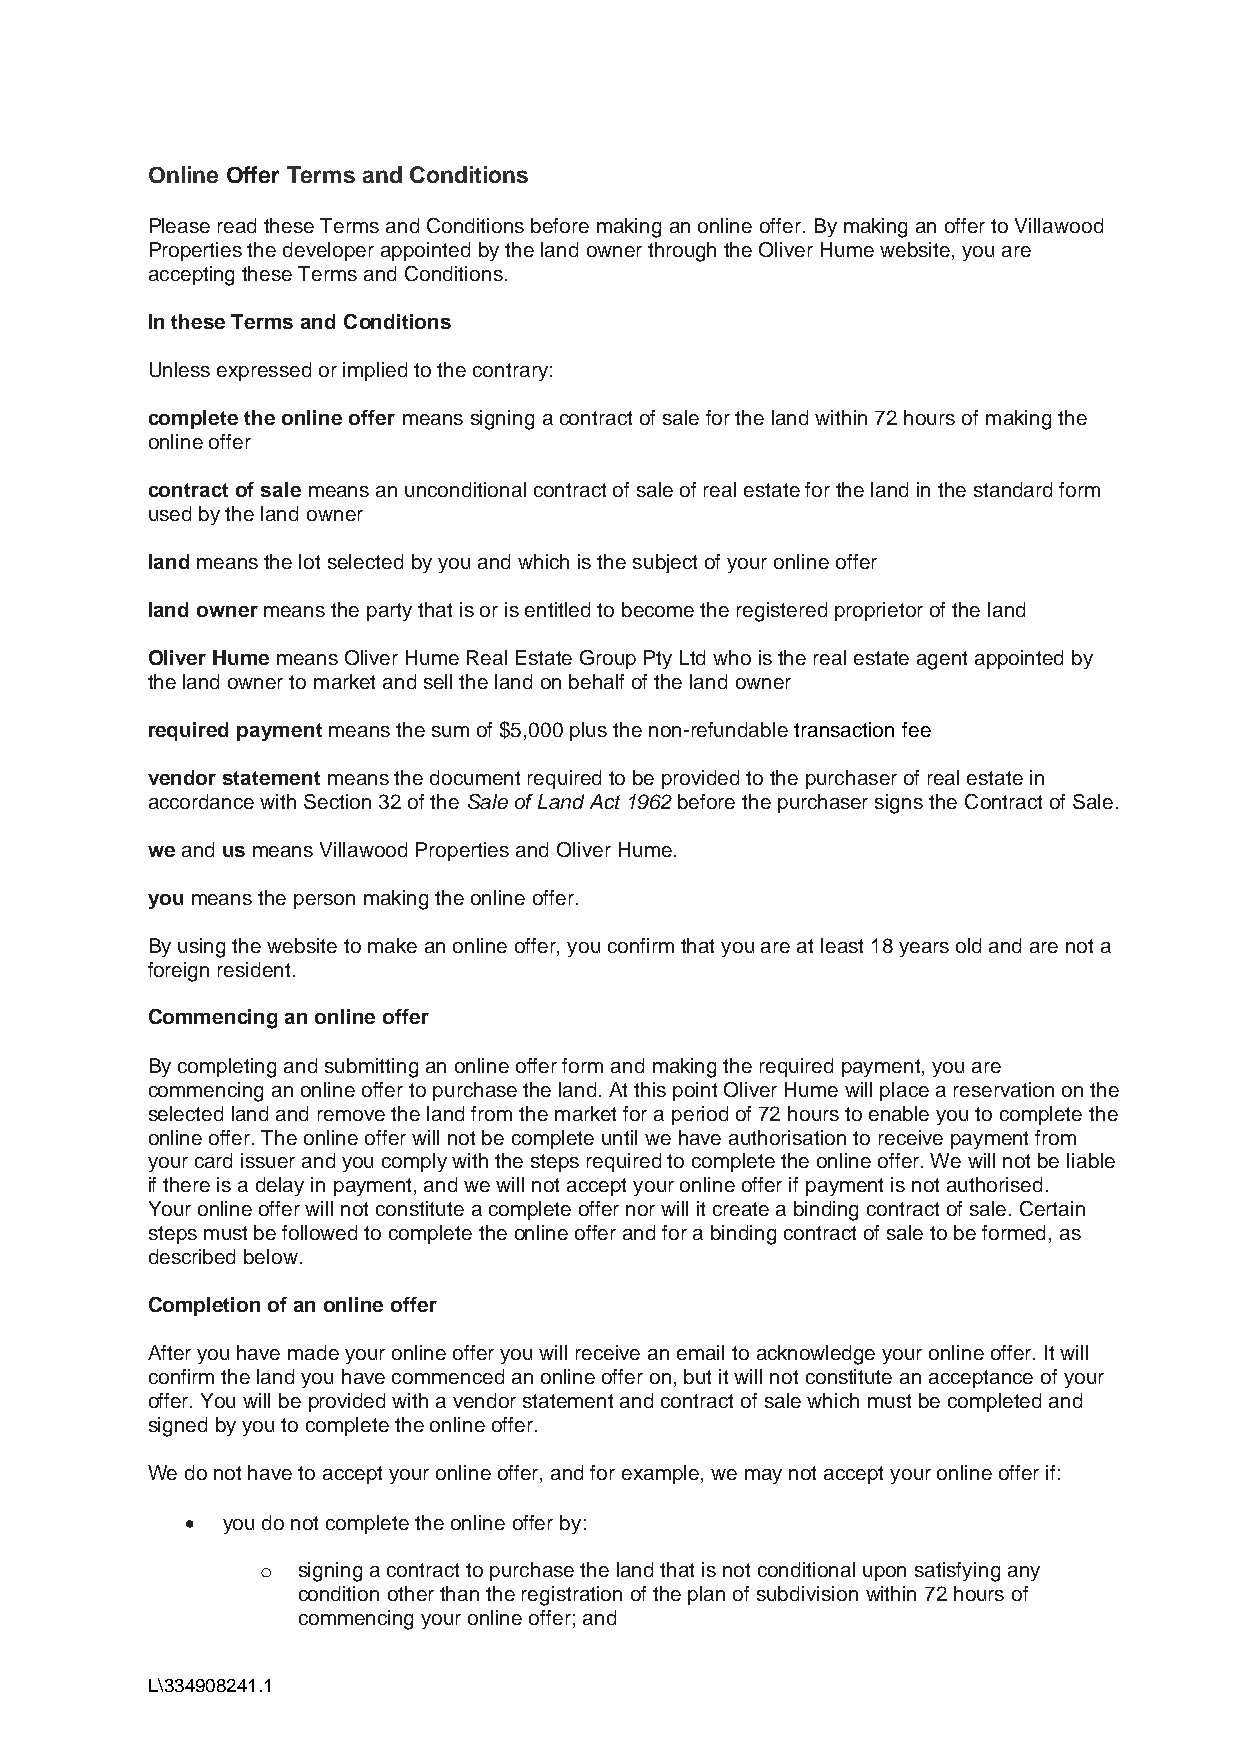
Online Offer Terms and Conditions
 Please read these Terms and Conditions before making an online offer. By making an offer to Villawood
 Properties the developer appointed by the land owner through the Oliver Hume website, you are
 accepting these Terms and Conditions.
 In these Terms and Conditions
 Unless expressed or implied to the contrary:
 complete the online offer means signing a contract of sale for the land within 72 hours of making the
 online offer
 contract of sale means an unconditional contract of sale of real estate for the land in the standard form
 used by the land owner
 land means the lot selected by you and which is the subject of your online offer
 land owner means the party that is or is entitled to become the registered proprietor of the land
 Oliver Hume means Oliver Hume Real Estate Group Pty Ltd who is the real estate agent appointed by
 the land owner to market and sell the land on behalf of the land owner
 required payment means the sum of $5,000 plus the non-refundable transaction fee
 vendor statement means the document required to be provided to the purchaser of real estate in
 accordance with Section 32 of the Sale of Land Act 1962 before the purchaser signs the Contract of Sale.
 we and us means Villawood Properties and Oliver Hume.
 you means the person making the online offer.
 By using the website to make an online offer, you confirm that you are at least 18 years old and are not a
 foreign resident.
 Commencing an online offer
 By completing and submitting an online offer form and making the required payment, you are
 commencing an online offer to purchase the land. At this point Oliver Hume will place a reservation on the
 selected land and remove the land from the market for a period of 72 hours to enable you to complete the
 online offer. The online offer will not be complete until we have authorisation to receive payment from
 your card issuer and you comply with the steps required to complete the online offer. We will not be liable
 if there is a delay in payment, and we will not accept your online offer if payment is not authorised.
 Your online offer will not constitute a complete offer nor will it create a binding contract of sale. Certain
 steps must be followed to complete the online offer and for a binding contract of sale to be formed, as
 described below.
 Completion of an online offer
 After you have made your online offer you will receive an email to acknowledge your online offer. It will
 confirm the land you have commenced an online offer on, but it will not constitute an acceptance of your
 offer. You will be provided with a vendor statement and contract of sale which must be completed and
 signed by you to complete the online offer.
 We do not have to accept your online offer, and for example, we may not accept your online offer if:
 •  you do not complete the online offer by:
 o  signing a contract to purchase the land that is not conditional upon satisfying any
 condition other than the registration of the plan of subdivision within 72 hours of
 commencing your online offer; and
 L\334908241.1